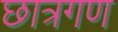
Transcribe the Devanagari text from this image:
छात्रगण